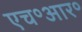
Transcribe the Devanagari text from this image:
एच॰आर॰